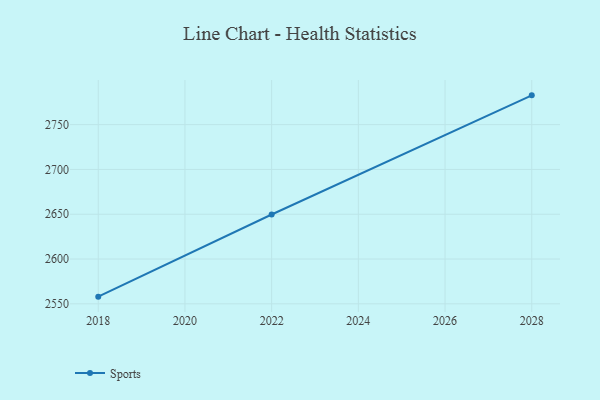
{"axis": {"x": "Year", "y": "Website Visitors"}, "legend": ["Sports"], "data": [{"x": "2028", "y": 2782.7, "type": "Sports"}, {"x": "2022", "y": 2649.7, "type": "Sports"}, {"x": "2018", "y": 2558.0, "type": "Sports"}]}